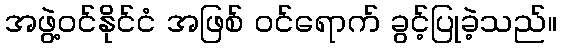
အဖွဲ့ဝင်နိုင်ငံ အဖြစ် ဝင်ရောက် ခွင့်ပြုခဲ့သည်။